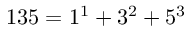
1 3 5 = 1 ^ { 1 } + 3 ^ { 2 } + 5 ^ { 3 }